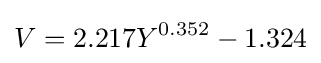
V=2.217Y^{0.352}-1.324